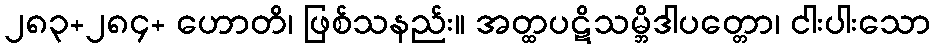
၂၈၃+၂၈၄+ ဟောတိ၊ ဖြစ်သနည်း။ အတ္ထပဋိသမ္ဘိဒါပတ္တော၊ ငါးပါးသော